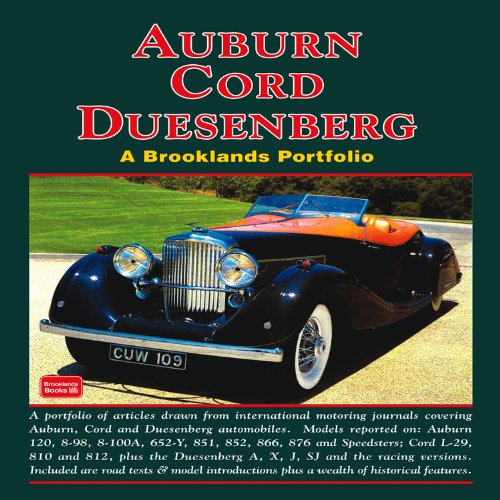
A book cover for Auburn Cord Duesenberg (A Brooklands Portfolio); R.M. Clarke; Engineering & Transportation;